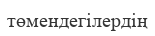
төмендегілердің